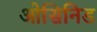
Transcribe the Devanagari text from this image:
ओसिनिड